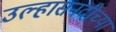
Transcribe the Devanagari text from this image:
उल्हासनदीच्या